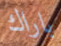
باراك